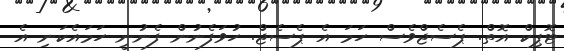
ޓޮޕިކް އޮތް. ޕެސެޖްވެސް ހަމަ އެ ޕެސެޖް. ހުވަފެނުން ފެނުނީ ހަމައެކަނި އެ